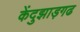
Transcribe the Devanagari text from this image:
केंदुझाड़गढ